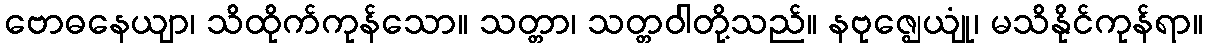
ဗောဓနေယျာ၊ သိထိုက်ကုန်သော။ သတ္တာ၊ သတ္တဝါတို့သည်။ နဗုဇ္ဈေယျုံ၊ မသိနိုင်ကုန်ရာ။